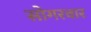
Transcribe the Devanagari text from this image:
सोगरवार